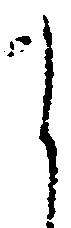
之